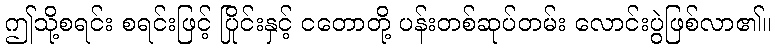
ဤသို့စရင်း စရင်းဖြင့် ပြိုင်းနှင့် ငတောတို့ ပန်းတစ်ဆုပ်တမ်း လောင်းပွဲဖြစ်လာ၏။